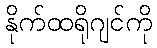
နိုက်ထရိုဂျင်ကို